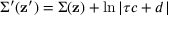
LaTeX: \Sigma ^ { \prime } ( { \bf z ^ { \prime } } ) = \Sigma ( { \bf z } ) + \ln \left| \tau c + d \right|